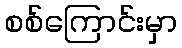
စစ်ကြောင်းမှာ